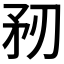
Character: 𥍞